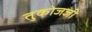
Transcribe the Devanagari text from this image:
तुकोजजी